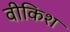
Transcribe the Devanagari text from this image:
वीकिश